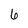
Character: 6